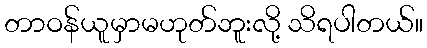
တာဝန်ယူမှာမဟုတ်ဘူးလို့ သိရပါတယ်။